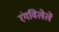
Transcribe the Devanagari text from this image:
रंगविलेलें